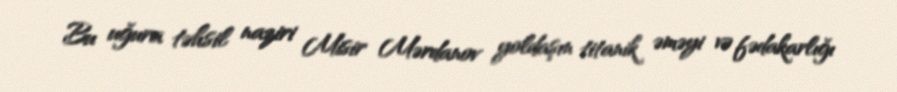
Bu uğura təhsil naziri Misir Mərdanov yoldaşın titanik əməyi və fədakarlığı